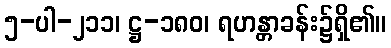
၅-ပါ-၂၁၁၊ ဋ္ဌ-၁၈၀၊ ရဟန္တာခန်း၌ရှိ၏။